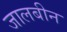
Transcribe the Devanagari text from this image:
जालबीन